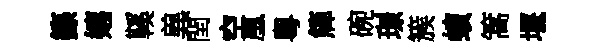
籙嬉鞵兾閏空凰粵簰碗璟簇蠙篙堰